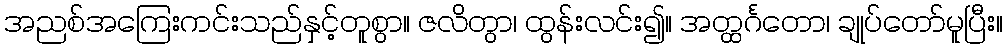
အညစ်အကြေးကင်းသည်နှင့်တူစွာ။ ဇလိတွာ၊ ထွန်းလင်း၍။ အတ္ထင်္ဂတော၊ ချုပ်တော်မူပြီး။